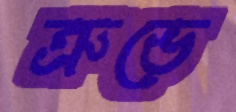
ত্রুভে